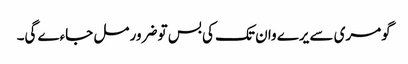
گومری سے یرے وان تک کی بس تو ضرور مل جاءے گی۔